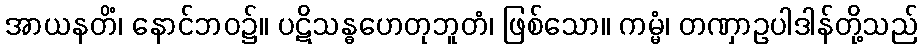
အာယနတိံ၊ နောင်ဘဝ၌။ ပဋိသန္ဓဟေတုဘူတံ၊ ဖြစ်သော။ ကမ္မံ၊ တဏှာဥပါဒါန်တို့သည်